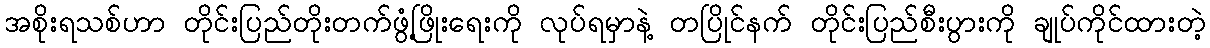
အစိုးရသစ်ဟာ တိုင်းပြည်တိုးတက်ဖွံ့ဖြိုးရေးကို လုပ်ရမှာနဲ့ တပြိုင်နက် တိုင်းပြည်စီးပွားကို ချုပ်ကိုင်ထားတဲ့